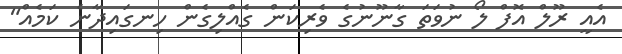
އެއީ ރޫލް އޮފް ލޯ ނުވަތަ ގާނޫނުގެ ވެރިކަން ގެއްލިގެން ހިނގައިދާނެ ކަމެއް"